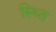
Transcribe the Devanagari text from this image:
स्थ्‍ति